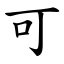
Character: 可